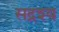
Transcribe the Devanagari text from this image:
सद्रश्य